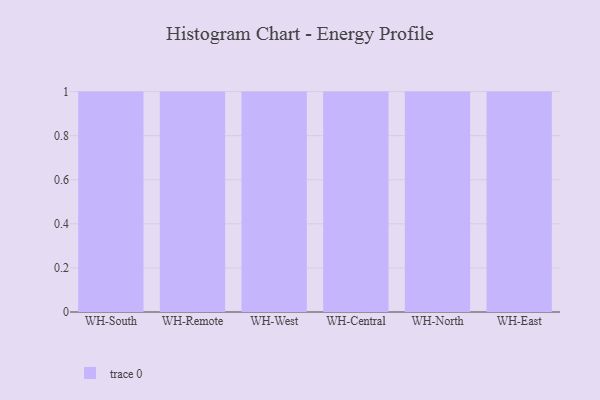
{"axis": {"x": "Warehouse", "y": "Revenue (USD Million)"}, "legend": [""], "data": [{"x": "WH-South", "y": 13, "type": ""}, {"x": "WH-Remote", "y": 51, "type": ""}, {"x": "WH-West", "y": 78, "type": ""}, {"x": "WH-Central", "y": 65, "type": ""}, {"x": "WH-North", "y": 76, "type": ""}, {"x": "WH-East", "y": 27, "type": ""}]}